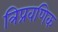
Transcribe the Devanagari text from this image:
त्रिप्रवणिक